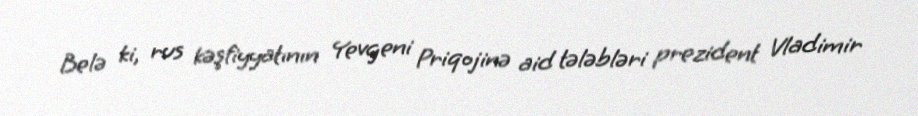
Belə ki, rus kəşfiyyatının Yevgeni Priqojinə aid tələbləri prezident Vladimir